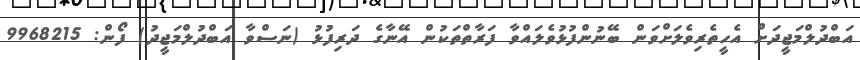
އަބްދުލްމަޖީދަށް އެހީތެރިވެލަށްވަން ބޭނުންފުޅުވެލައްވާ ފަރާތްތަކުން އޭނާގެ ދަރިފުޅު (ނަސްވާ އަބްދުލްމަޖީދު) ފޯން: 9968215